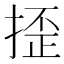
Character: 𢱉